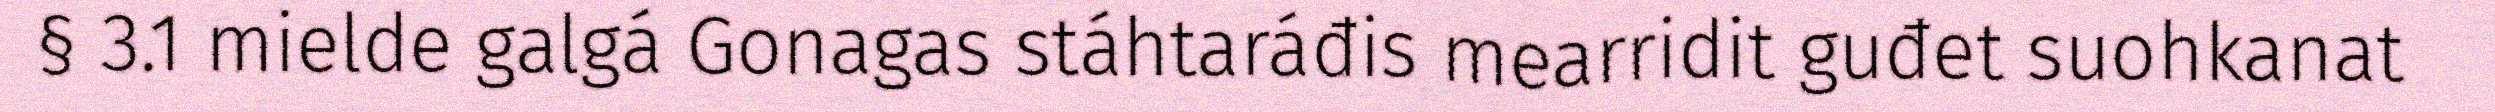
§ 3.1 mielde galgá Gonagas stáhtaráđis mearridit guđet suohkanat